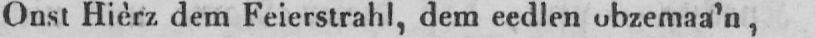
Onst Hièrz dem Feierstrahl, dem eedlen obzemaa’n,